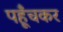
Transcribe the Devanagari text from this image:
पहूँचकर